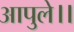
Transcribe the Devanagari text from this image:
आपुले।।